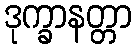
ဒုက္ခာနတ္တာ